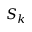
S _ { k }